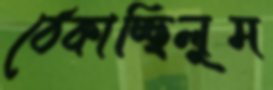
ঠেকাচ্ছিলুম